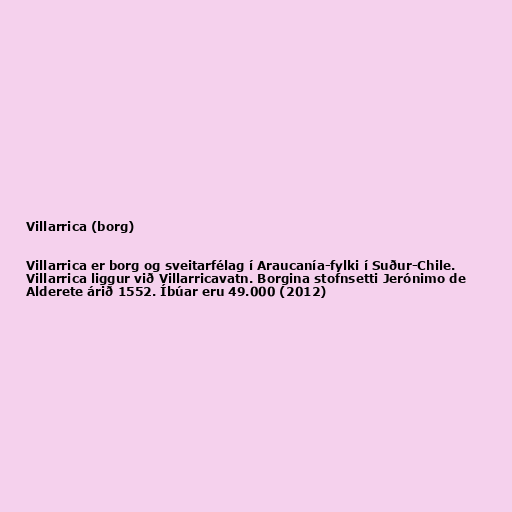
Villarrica (borg)

Villarrica er borg og sveitarfélag í Araucanía-fylki í Suður-Chile.
Villarrica liggur við Villarricavatn. Borgina stofnsetti Jerónimo de
Alderete árið 1552. Íbúar eru 49.000 (2012)